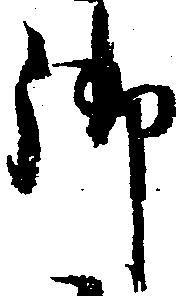
御